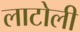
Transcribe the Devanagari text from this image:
लाटोली